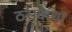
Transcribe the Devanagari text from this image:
ठरावांचा